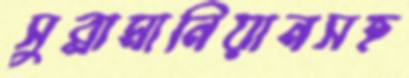
সুব্রামানিয়ানসহ